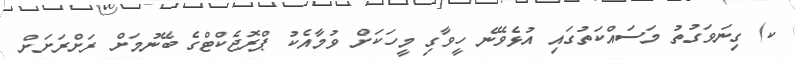
ކ) ގިނަވަގުތު މަސައްކަތުގައި އުޅެވޭނެ ހީވާގި މީހަކަށް ވުމާއެކު ޕްރޮޖެކްޓްގެ ބޭނުމަށް ރަށްރަށަށް